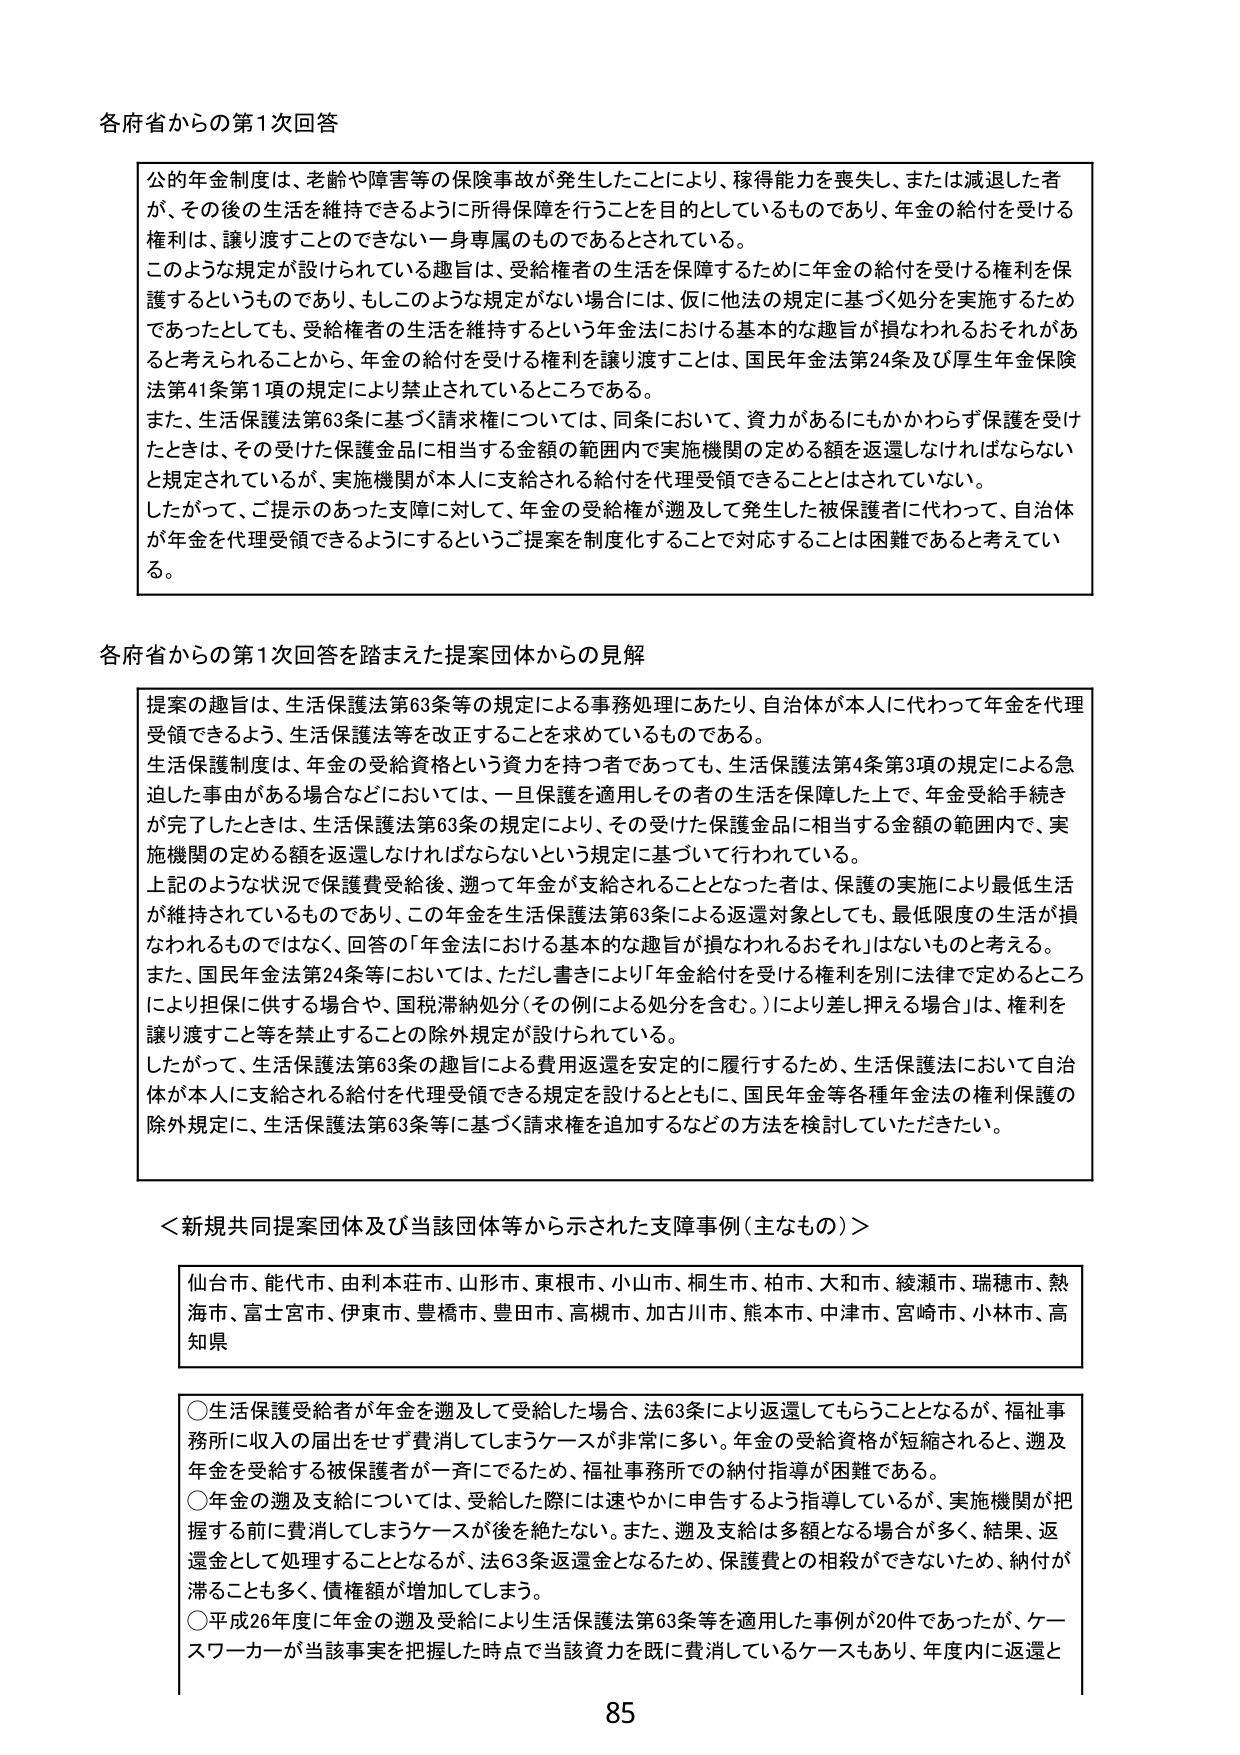
各府省からの第1次回答

公的年金制度は、老齢や障害等の保険事故が発生したことにより、稼得能力を喪失し、または減退した者が、その後の生活を維持できるように所得保障を行うことを目的としているものであり、年金の給付を受ける権利は、譲り渡すことのできない一身専属のものであるとされている。
このような規定が設けられている趣旨は、受給権者の生活を保障するために年金の給付を受ける権利を保護するというものであり、もしこのような規定がない場合には、仮に他法の規定に基づく処分を実施するためであったとしても、受給権者の生活を維持するという年金法における基本的な趣旨が損なわれるおそれがあると考えられることから、年金の給付を受ける権利を譲り渡すことは、国民年金法第24条及び厚生年金保険法第41条第1項の規定により禁止されているところである。
また、生活保護法第63条に基づく請求権については、同条において、資力があるにもかかわらず保護を受けたときは、その受けた保護金に相当する金額の範囲内で実施機関の定める額を返還しなければならないと規定されているが、実施機関が本人に支給される給付を代理受領できることはされていない。
したがって、ご提示のあった支障に対して、年金の受給権が遡及して発生した被保護者に代わって、自治体が年金を代理受領できるようにするというご提案を制度化することで対応することは困難であると考えている。

各府省からの第1次回答を踏まえた提案団体からの見解

提案の趣旨は、生活保護法第63条等の規定による事務処理にあたり、自治体が本人に代わって年金を代理受領できるよう、生活保護法等を改正することを求めているものである。
生活保護制度は、年金の受給資格という資力を持つ者であっても、生活保護法第4条第3項の規定による急迫した事由がある場合などにおいては、一旦保護を適用しその者の生活を保障した上で、年金受給手続きが完了したときは、生活保護法第63条の規定により、その受けた保護金に相当する金額の範囲内で、実施機関の定める額を返還しなければならないという規定に基づいて行われている。
上記のような状況で保護費受給後、遡って年金が支給されることとなった者は、保護の実施により最低生活が維持されているものであり、この年金を生活保護法第63条による返還対象としても、最低限度の生活が損なわれるものではなく、回答の「年金法における基本的な趣旨が損なわれるおそれ」はないものと考える。
また、国民年金法第24条等においては、ただし書きにより「年金給付を受ける権利を別に法律で定めるところにより担保に供する場合や、国税滞納処分（その例による処分を含む。）により差し押さえる場合」は、権利を譲り渡すこと等を禁止することの除外規定が設けられている。
したがって、生活保護法第63条の趣旨による費用返還を安定的に履行するため、生活保護法において自治体が本人に支給される給付を代理受領できる規定を設けるとともに、国民年金等各種年金法の権利保護の除外規定に、生活保護法第63条等に基づく請求権を追加するなどの方法を検討していただきたい。

＜新規共同提案団体及び当該団体等から示された支障事例（主なもの）＞

仙台市、能代市、由利本荘市、山形市、東根市、小山市、桐生市、柏市、大和市、綾瀬市、瑞穂市、熱海市、富士宮市、伊東市、豊橋市、豊田市、高槻市、加古川市、熊本市、中津市、宮崎市、小林市、高知県

○生活保護受給者が年金を遡及して受給した場合、法63条により返還してもらうこととなるが、福祉事務所に収入の届出をせず費消してしまうケースが非常に多い。年金の受給資格が短縮されると、遡及年金を受給する被保護者が一斉にでるため、福祉事務所での納付指導が困難である。
○年金の遡及支給については、受給した際には速やかに申告するよう指導しているが、実施機関が把握する前に費消してしまうケースが後を絶たない。また、遡及支給は多額となる場合が多く、結果、返還金として処理することとなるが、法63条返還金となるため、保護費との相殺ができないため、納付が滞ることも多く、債権額が増加してしまう。
○平成26年度に年金の遡及受給により生活保護法第63条等を適用した事例が20件であったが、ケースワーカーが当該事実を把握した時点で当該資金を既に費消しているケースもあり、年度内に返還と

85